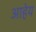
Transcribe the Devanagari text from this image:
आहेय